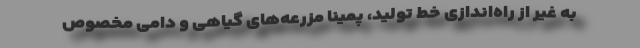
به غیر از راه‌اندازی خط تولید، پمینا مزرعه‌های گیاهی و دامیِ مخصوص